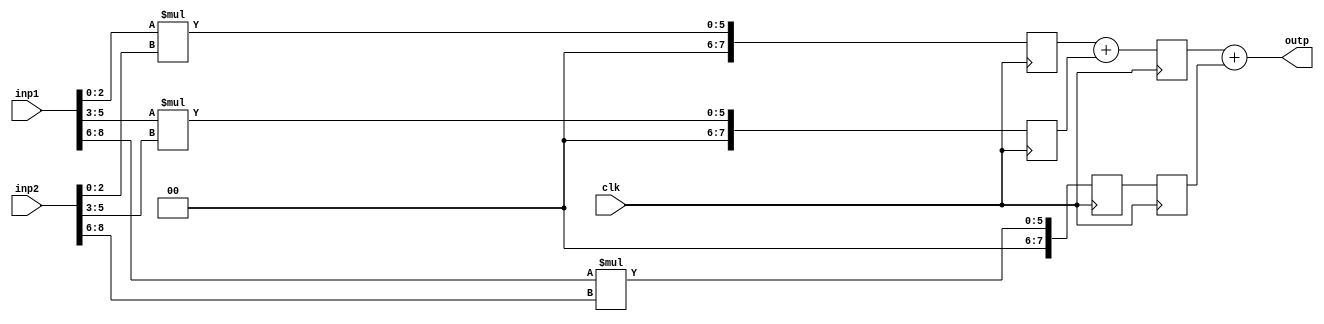
module pipelined_inner_product
  (
      input wire clk,
      input wire[8 : 0] inp1, // vector of 3 bits. 3 elements
      input wire[8 : 0] inp2,
      output wire[7 : 0] outp  // 8 bits output
  );

  //locals
  wire [23 : 0] sums[0 : 2]; // intermediate product sums
  reg [7:0] rsum1, rsum2, rprod2, rprod3, rprod3_1;


  assign sums[0] = inp1[2:0] * inp2[2:0];
  assign sums[1] = rsum1 + rprod2;
  assign sums[2] = rsum2 + rprod3_1;

  always @ (posedge clk) begin
      rsum1   <= sums[0];
      rprod2  <= inp1[5:3] * inp2[5:3];
      rsum2   <= sums[1];
      rprod3  <= inp1[8:6] * inp2[8:6];
      rprod3_1 <= rprod3;
  end

  assign outp = sums[2]; 

endmodule